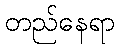
တည်နေရာ